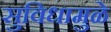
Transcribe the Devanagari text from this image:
सुविधामुळे